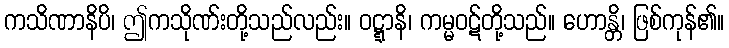
ကသိဏာနိပိ၊ ဤကသိုဏ်းတို့သည်လည်း။ ဝဋ္ဋာနိ၊ ကမ္မဝဋ်တို့သည်။ ဟောန္တိ၊ ဖြစ်ကုန်၏။